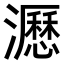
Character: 𤃉